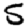
Digit: 5